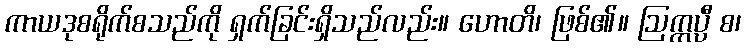
ကာယဒုစရိုက်စသည်ကို ရှက်ခြင်းရှိသည်လည်း။ ဟောတိ၊ ဖြစ်၏။ ဩက္ကပ္ပီ စ၊